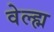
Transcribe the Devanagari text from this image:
वेल्ह्म